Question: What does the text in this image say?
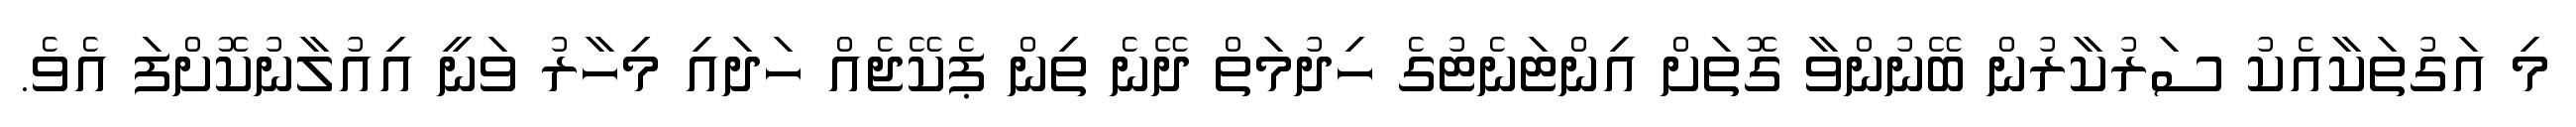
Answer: މި އަގުތަކާއެކު ސަރުކާރުން ބޭނުންވާ ގޮތަށް އިންޓަނެޓުގެ ހިދުމަތް ދޭނެ ތިން ޕެކޭޖެއް ހަދައި މިހާރު ވަނީ އިއުލާނުކޮށްފަ އެވެ.